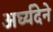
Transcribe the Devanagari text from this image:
अर्घ्यदेने